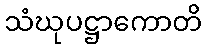
သံဃုပဋ္ဌာကောတိ